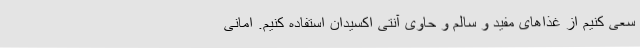
سعی کنیم از غذاهای مفید و سالم و حاوی آنتی اکسیدان استفاده کنیم. امانی